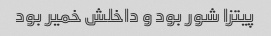
پیتزا شور بود و داخلش خمیر بود